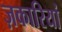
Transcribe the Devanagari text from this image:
ज़कारियां